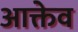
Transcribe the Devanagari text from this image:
आक्तेव